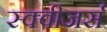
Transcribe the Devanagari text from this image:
स्क्वीजर्स